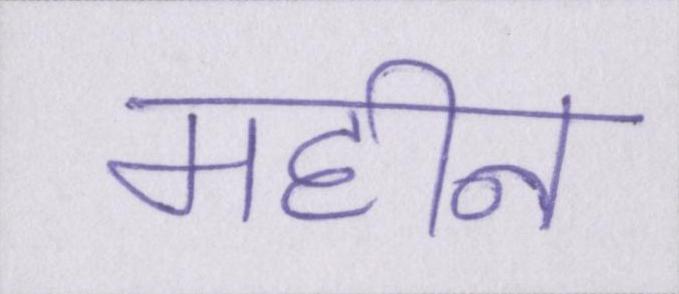
महीन